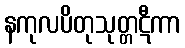
နကုလပိတုသုတ္တဋီကာ